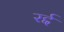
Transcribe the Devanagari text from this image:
रर्द्द